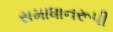
સમાધાનરૂપી